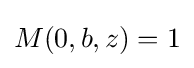
M(0,b,z)=1